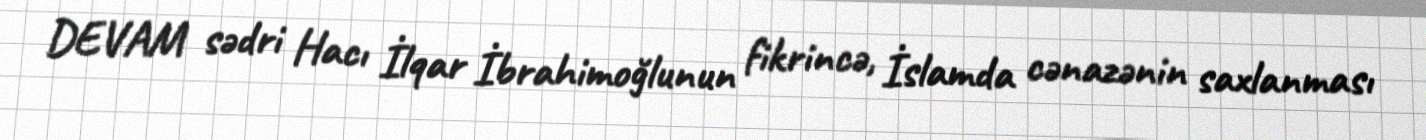
DEVAM sədri Hacı İlqar İbrahimoğlunun fikrincə, İslamda cənazənin saxlanması